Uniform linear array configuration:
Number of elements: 4
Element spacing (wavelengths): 0.75
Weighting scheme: hann
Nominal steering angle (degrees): -30
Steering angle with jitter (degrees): -30.13
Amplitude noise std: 0.05
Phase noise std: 0.05

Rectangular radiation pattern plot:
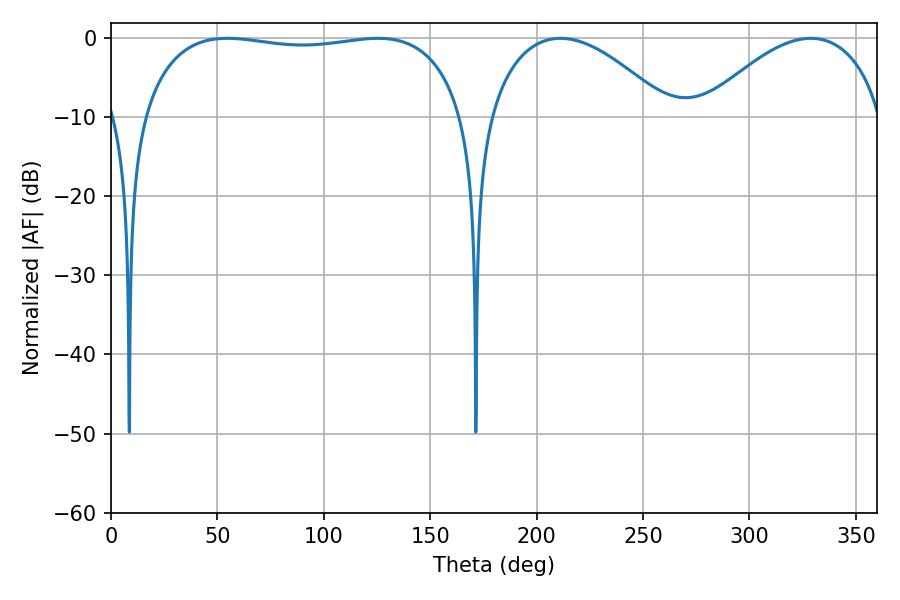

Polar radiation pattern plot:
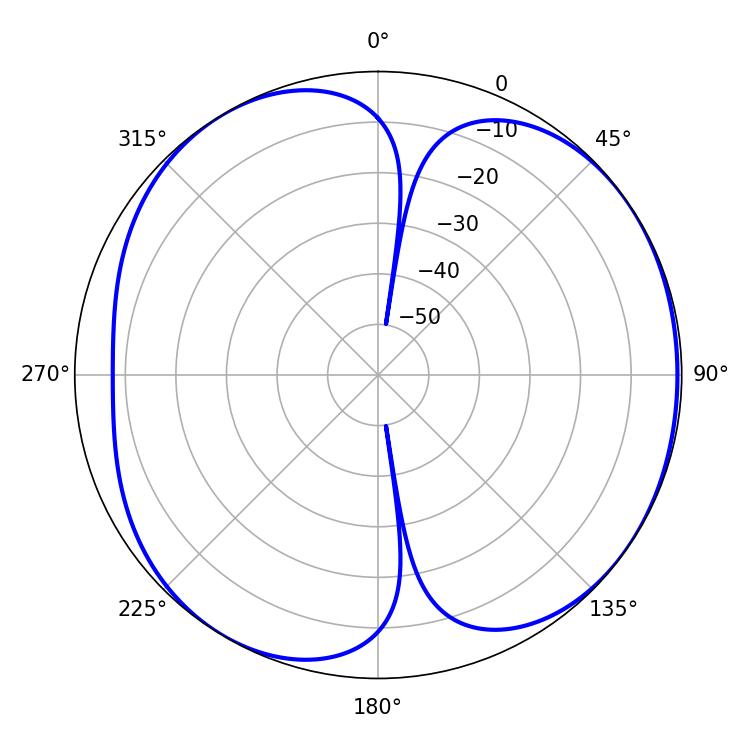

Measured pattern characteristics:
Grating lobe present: TRUE
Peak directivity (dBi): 5.443
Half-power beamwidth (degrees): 47.52
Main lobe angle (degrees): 211.14